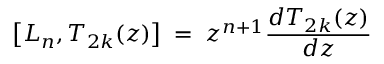
\left[ L _ { n } , T _ { 2 k } ( z ) \right] \; = \; z ^ { n + 1 } \frac { d T _ { 2 k } ( z ) } { d z }